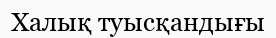
Халық туысқандығы